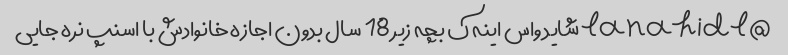
@lanahidl شاید واس اینه ک بچه زیر 18 سال بدون اجازه خانوادش با اسنپ نره جایی